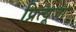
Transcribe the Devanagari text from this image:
प्रित्यूजा